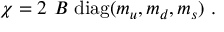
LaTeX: \chi = 2 \ B \ \mathrm { d i a g } ( m _ { u } , m _ { d } , m _ { s } ) \ .